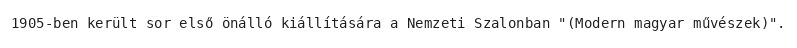
1905-ben került sor első önálló kiállítására a Nemzeti Szalonban "(Modern magyar művészek)".